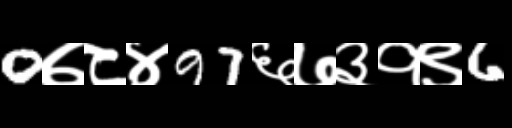
Text: 0७८४97६७३१९6